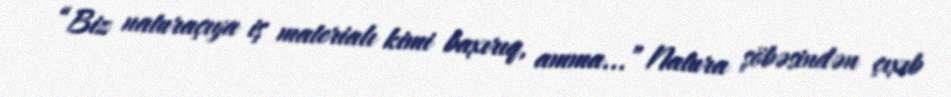
“Biz naturaçıya iş materialı kimi baxırıq, amma...” Natura şöbəsindən çıxıb